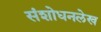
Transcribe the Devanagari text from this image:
संशोधनलेख